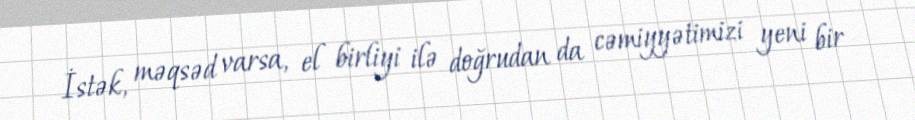
İstək, məqsəd varsa, el birliyi ilə doğrudan da cəmiyyətimizi yeni bir